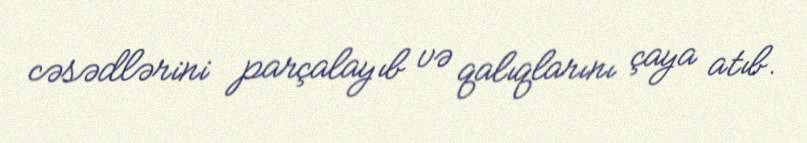
cəsədlərini parçalayıb və qalıqlarını çaya atıb.